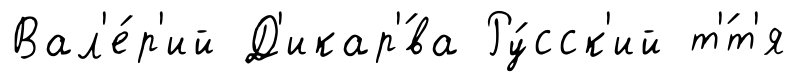
Вал'е́р'ий Д'икар'́ва Ру́сск'ий т'́т'я